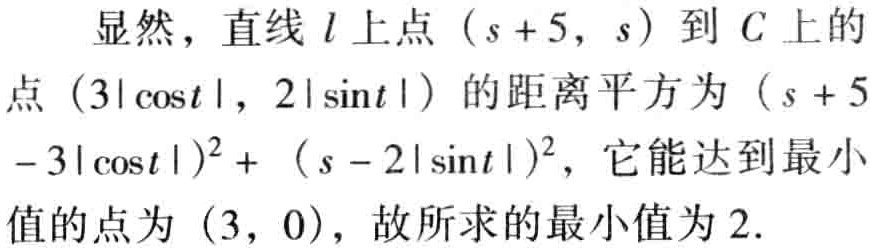
显然，直线 \(l\) 上点 \((s + 5, s)\) 到 \(C\) 上的点 \((3|\cos t|, 2|\sin t|)\) 的距离平方为 \((s + 5 - 3|\cos t|)^2 + (s - 2|\sin t|)^2\)，它能达到最小值的点为 \((3, 0)\)，故所求的最小值为 \(2\).